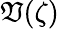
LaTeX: \mathfrak{V}(\zeta)